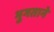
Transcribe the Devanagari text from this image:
भुगताने